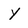
Character: Y